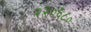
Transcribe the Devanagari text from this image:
२२०६८०